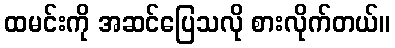
ထမင်းကို အဆင်ပြေသလို စားလိုက်တယ်။